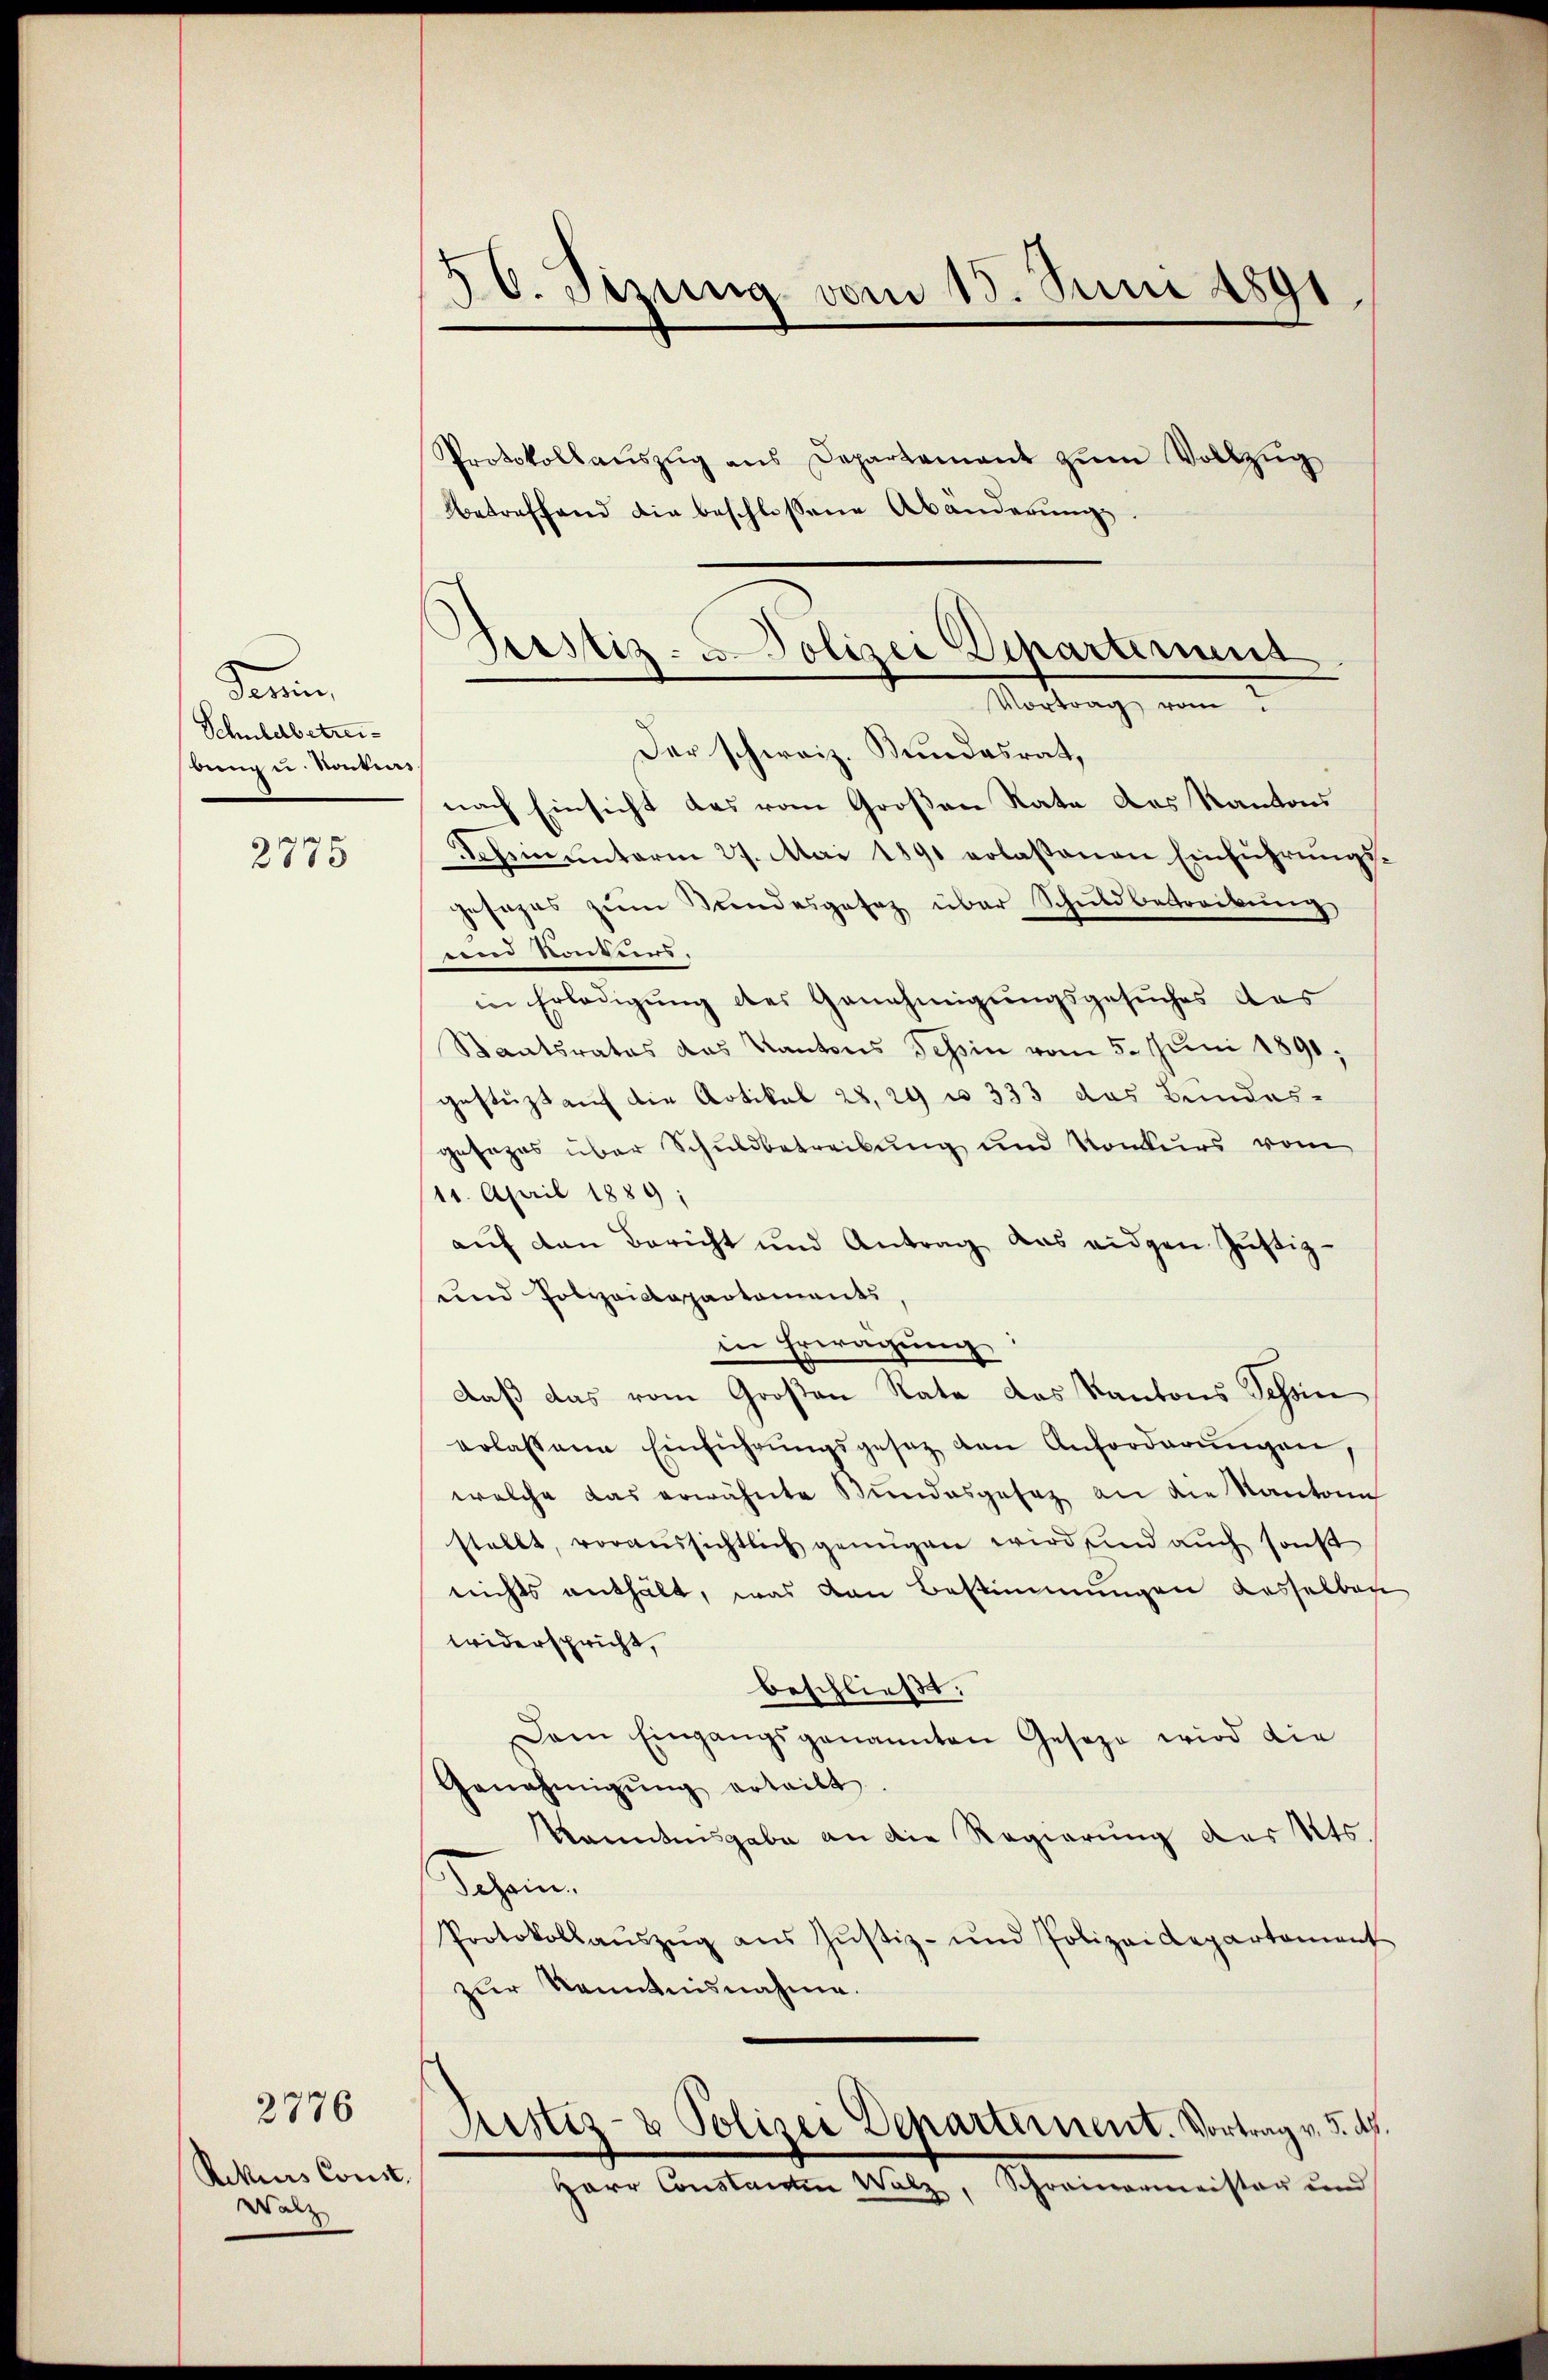
darin
Schuldbetrei
bung u. Nockers

2775

Rekurs Const.
Walz

2776

30. Sizung vom 15. Juni 1891

Protokollaŭszŭg ans Departement zŭm Vollzŭg
betreffend die beschlossene Abänderŭng.
Der schweiz. Bundesrat,
nach Einsicht das vom Großen Rate des Kantons
deheinunterm 27. Mai 1891 erlaßenen Einführungsgesanzes zŭm Bŭndesgesez über Schuldbetreibŭng
unnd Konkens.
in Erledigŭng des Genehmigungsgesuches das
Staatsrates das Kantons Tessin vom 5. Juni 1891.
gestützt auf die Artikel 28, 29 u. 333 das Bundes-
gesages über Schuldbetreibung und Konkurs vom
11. April 1889;
aŭf den Bericht und Antrag das eidgen Zŭstiz-
und Polizeidepartements
in Erwägŭng:
daß das vom Großen Rate das Kantons Tessin
erlassene Einführŭngsgesetz den Anforderŭngen,
welche das erwähnte Bundesgesez an die Kantona
stellt, voraussichtlich genügen wird, und auch sonst
nichts enthält, was von Bestimmungen dasselber
widerspricht,
beschließt:
Dem Eingangsgenannten Geseze wird die
Genehmigŭng erteilt
Kenntnisgabe an die Regierung des Kts.
ogen.
Protokollaŭszŭg aŭs Jŭstiz- und Polizeidepartement
zŭr Kenntnisnahme.
Justiz- & Polizei Departement. Vortrag v. 3. ds.
Herr Constanten Walz, Schreinermeister und

Justiz- u. Polizei Departement
Mortung, von